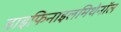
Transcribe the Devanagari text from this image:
डाइफिनाइलमिथेनॉल